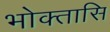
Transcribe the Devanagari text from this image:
भोक्तासि